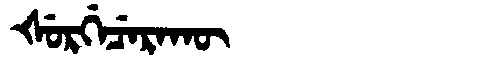
Manchu: ᡧᡠᡵᡤᡝᠴᡝᡵᠠᡴᡡ
Romanization: ŠURGECERAKŪ